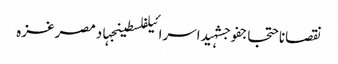
نقصاناحتجاجفوجشہیداسرائیلفلسطینجہادمصرغزہ